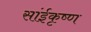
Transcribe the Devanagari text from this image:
सांईकृष्‍ण